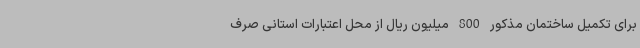
برای تکمیل ساختمان مذکور 800 میلیون ریال از محل اعتبارات استانی صرف